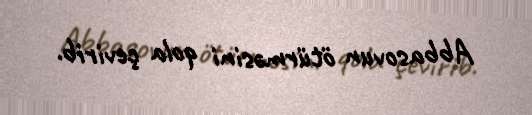
Abbasovun ötürməsini qola çevirib.